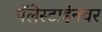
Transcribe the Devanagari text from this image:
पॅलेस्टाईनवर